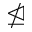
\ntrianglelefteq